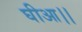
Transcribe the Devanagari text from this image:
घीआ।।